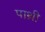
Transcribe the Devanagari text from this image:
पाथ्री